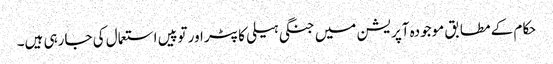
حکام کے مطابق موجودہ آپریشن میں جنگی ہیلی کاپٹر اور توپیں استعمال کی جارہی ہیں۔